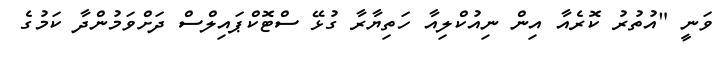
ވަނީ "އުތުރު ކޮރެއާ އިން ނިއުކްލިއާ ހަތިޔާރާ ގުޅޭ ސްޓޮކްޕައިލްސް ދަށްވަމުންދާ ކަމުގެ